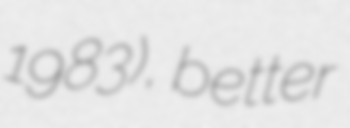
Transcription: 1983), better